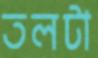
তলটা